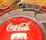
cococola